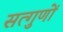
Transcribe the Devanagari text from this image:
सत्गुणों